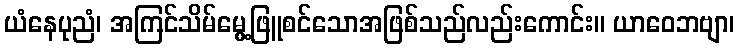
ယံနေပုညံ၊ အကြင်သိမ်မွေ့ဖြူစင်သောအဖြစ်သည်လည်းကောင်း။ ယာဝေဘဗျာ၊